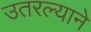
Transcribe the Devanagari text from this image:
उतरल्याने